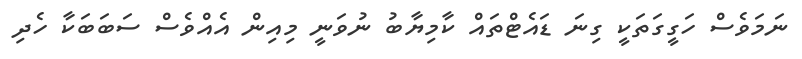
ނަމަވެސް ހަގީގަތަކީ ގިނަ ޑައެޓްތައް ކާމިޔާބު ނުވަނީ މިއިން އެއްވެސް ސަބަބަކާ ހެދި